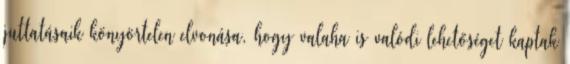
juttatásaik könyörtelen elvonása, hogy valaha is valódi lehetőséget kaptak